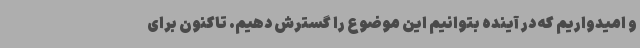
و امیدواریم که در آینده بتوانیم این موضوع را گسترش دهیم. تاکنون برای